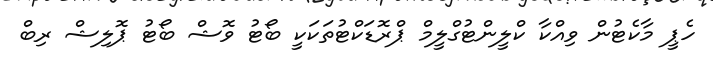
ހެޕީ މާކެޓުން ވިއްކާ ކްލީންޓުގްލީމް ޕްރޮޑަކްޓުތަކަކީ ބޯޓު ވޮޝް ބޯޓު ޕޮލިޝް ރިބް